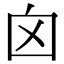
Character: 囟